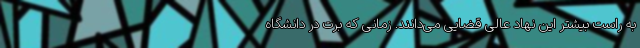
به راست بیشتر این نهاد عالی قضایی می‌دانند. زمانی که برت در دانشگاه